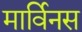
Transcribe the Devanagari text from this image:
मार्विनस